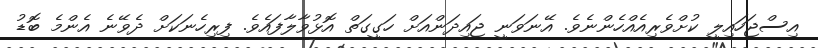
އިސްޖަހައިލީ ކުށްވެރިއެއްހެންނެވެ. އޭނަވަނީ ޖައިދަންއަށް ހަގީގަތް އޮޅުވާލާފައެވެ. ފިރިހެނަކަށް ދެވޭނެ އެންމެ ބޮޑު